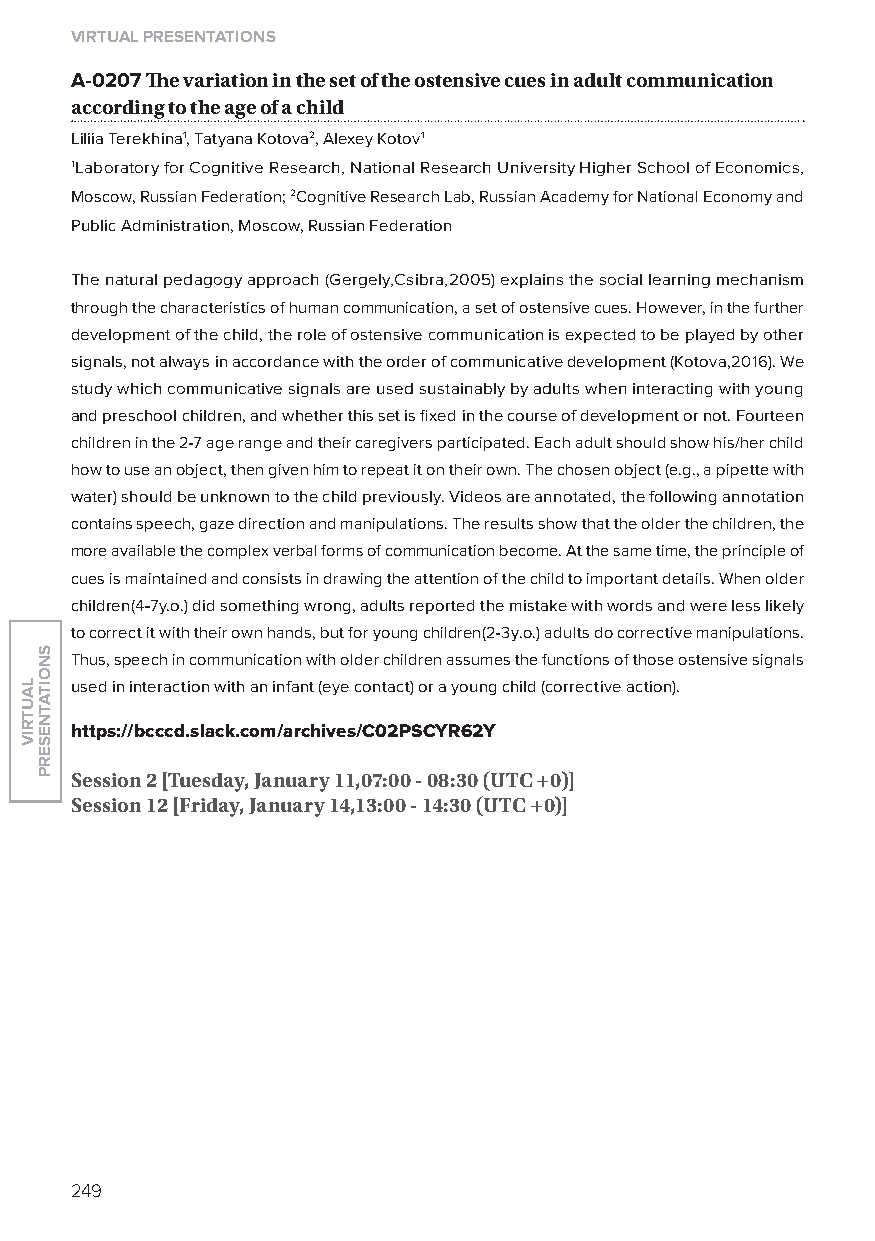
virtual presentations
 A-0207 The variation in the set of the ostensive cues in adult communication
 according to the age of a child
 liliia Terekhina1, Tatyana Kotova2, Alexey Kotov1
 1laboratory for Cognitive Research, National Research University Higher School of Economics,
 Moscow, Russian Federation; 2Cognitive Research lab, Russian Academy for National Economy and
 Public Administration, Moscow, Russian Federation
 The natural pedagogy approach (Gergely,Csibra,2005) explains the social learning mechanism
 through the characteristics of human communication, a set of ostensive cues. However, in the further
 development of the child, the role of ostensive communication is expected to be played by other
 signals, not always in accordance with the order of communicative development (Kotova,2016). We
 study which communicative signals are used sustainably by adults when interacting with young
 and preschool children, and whether this set is fixed in the course of development or not. Fourteen
 children in the 2-7 age range and their caregivers participated. Each adult should show his/her child
 how to use an object, then given him to repeat it on their own. The chosen object (e.g., a pipette with
 water) should be unknown to the child previously. Videos are annotated, the following annotation
 contains speech, gaze direction and manipulations. The results show that the older the children, the
 more available the complex verbal forms of communication become. At the same time, the principle of
 cues is maintained and consists in drawing the attention of the child to important details. When older
 children(4-7y.o.) did something wrong, adults reported the mistake with words and were less likely
 to correct it with their own hands, but for young children(2-3y.o.) adults do corrective manipulations.
 Thus, speech in communication with older children assumes the functions of those ostensive signals
 used in interaction with an infant (eye contact) or a young child (corrective action).
 https://bcccd.slack.com/archives/C02psCyr62y
 session 2 [tuesday, January 11,07:00 - 08:30 (utC +0)]
 session 12 [friday, January 14,13:00 - 14:30 (utC +0)]
 249
 lautriv
 snoitatneserp